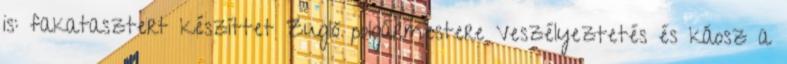
is: fakatasztert készíttet Zugló polgármestere Veszélyeztetés és káosz a